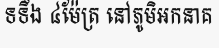
ទទឹង ៤ម៉ែត្រ នៅភូមិអកនាគ